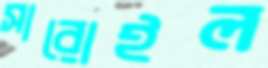
সারোইল